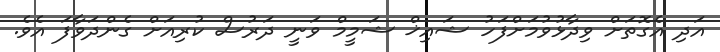
އަދި އެގޮތަށް ވިދާޅުވުމަށްފަހު ޝައިޚް ޝަމީމް ވަނީ ދަރުސް ކުރިއަށް ގެންދަވާފަ އެވެ.